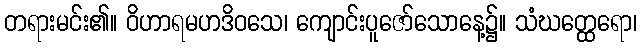
တရားမင်း၏။ ဝိဟာရမဟဒိဝသေ၊ ကျောင်းပူဇော်သောနေ့၌။ သံဃတ္ထေရော၊